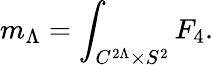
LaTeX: m_{\Lambda}=\int_{C^{2\Lambda}\times S^{2}}F_{4}.